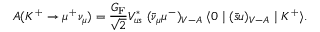
A ( K ^ { + } \to \mu ^ { + } \nu _ { \mu } ) = { \frac { G _ { \mathrm { F } } } { \sqrt 2 } } V _ { u s } ^ { * } \; ( \bar { \nu } _ { \mu } \mu ^ { - } ) _ { V - A } \; \langle 0 \mid ( \bar { s } u ) _ { V - A } \mid K ^ { + } \rangle .